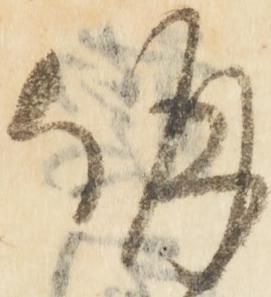
併